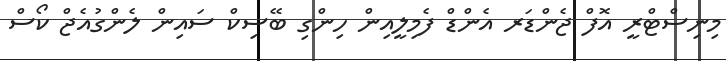
މިނިސްޓްރީ އޮފް ޖެންޑަރ އެންޑް ފެމިލީއިން ހިންގި ބޭސިކް ސައިން ލެންގުއެޖް ކޯސް